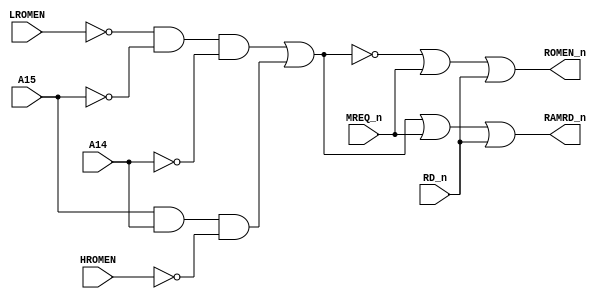
// This program was cloned from: https://github.com/codedchip/AMSGateArray
// License: GNU General Public License v3.0

// ===============================================================================
//
//  Amstrad CPC Gate Array for Xilinx X95288XL
//
//  Copyright (C) 2021 Darren Johnstone <darren@darrenjohnstone.scot>
//
//  This program is free software; you can redistribute it and/or modify it
//  under the terms of the GNU General Public License as published by the Free
//  Software Foundation; either version 2 of the License, or (at your option)
//  any later version.
//
//  This program is distributed in the hope that it will be useful, but WITHOUT
//  ANY WARRANTY; without even the implied warranty of MERCHANTABILITY or
//  FITNESS FOR A PARTICULAR PURPOSE.  See the GNU General Public License for
//  more details.
//
//  You should have received a copy of the GNU General Public License along
//  with this program; if not, write to the Free Software Foundation, Inc.,
//  51 Franklin Street, Fifth Floor, Boston, MA 02110-1301 USA.
//
//  Acknowledgements:
//
//  Based on 40010-simplified_V03.pdf by Gerald 
//  (https://www.cpcwiki.eu/forum/amstrad-cpc-hardware/gate-array-decapped!) 
//  
//  Partially based on the Amstrad MiSTer core by Gyorgy Szombathelyi
//  https://github.com/MiSTer-devel/Amstrad_MiSTer/tree/master/rtl/GA40010
// ===============================================================================
module ROMMapping(input LROMEN,
                  input A15,
                  input A14,
                  input HROMEN,
                  input MREQ_n,
                  input RD_n,
                  output ROMEN_n,
                  output RAMRD_n);
  wire rom = (~LROMEN & ~A15 & ~A14) | (A15 & A14 & ~HROMEN);
  assign ROMEN_n = ~rom | MREQ_n | RD_n;
  assign RAMRD_n = rom | MREQ_n | RD_n;
endmodule